Vaccine operations Central Provinces & Berar 1912-1920 - 1912-1920
Year: 1912
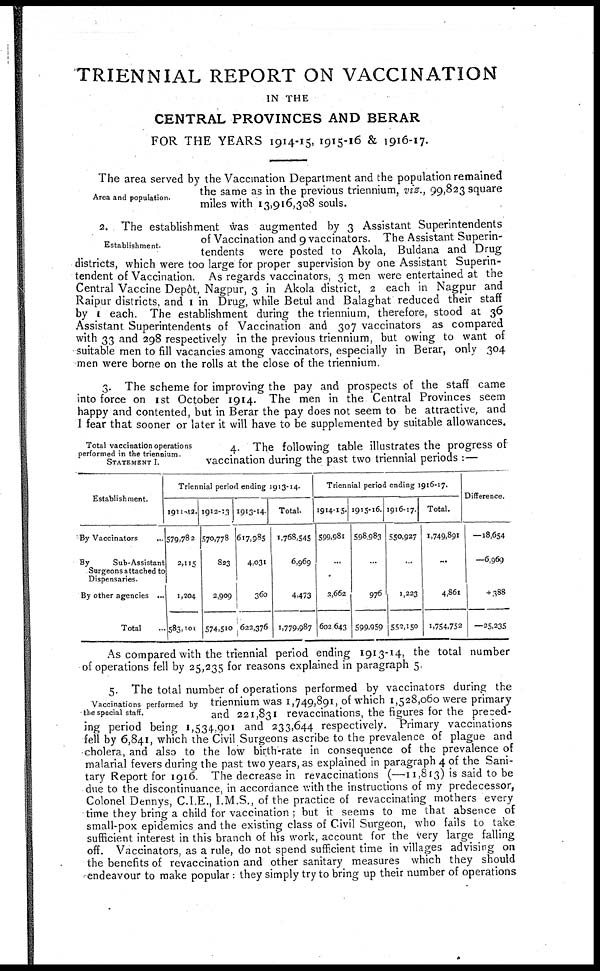
TRIENNIAL REPORT ON VACCINATION
IN THE
CENTRAL PROVINCES AND BERAR
FOR THE YEARS 1914-15, 1915-16 & 1916-17.
Area and population.
The area served by the Vaccination Department and the population remained
the same as in the previous triennium, viz., 99,823 square
miles with 13,916,308 souls.
Establishment.
2. The establishment was augmented by 3 Assistant Superintendents
of Vaccination and 9 vaccinators. The Assistant Superin-
tendents were posted to Akola, Buldana and Drug
districts, which were too large for proper supervision by one Assistant Superin-
tendent of Vaccination. As regards vaccinators, 3 men were entertained at the
Central Vaccine Depôt, Nagpur, 3 in Akola district, 2 each in Nagpur and
Raipur districts, and 1 in Drug, while Betul and Balaghat reduced their staff
by 1 each. The establishment during the triennium, therefore, stood at 36
Assistant Superintendents of Vaccination and 307 vaccinators as compared
with 33 and 298 respectively in the previous triennium, but owing to want of
suitable men to fill vacancies among vaccinators, especially in Berar, only 304
men were borne on the rolls at the close of the triennium.
3. The scheme for improving the pay and prospects of the staff came
into force on 1st October 1914. The men in the Central Provinces seem
happy and contented, but in Berar the pay does not seem to be attractive, and
I fear that sooner or later it will have to be supplemented by suitable allowances.
Total vaccination operations
performed in the triennium.
STATEMENT I.
4. The following table illustrates the progress of
vaccination during the past two triennial periods :—
Establishment.
By Vaccinators
...
By
Sub-Assistant
Surgeons attached to
Dispensaries.
By other agencies ...
Total ...
Triennial period ending 1913-14.
1911-12.
579,782
2,115
1,204
583,101
1912-13
570,778
823
2,909
574,510
1913-14
617,985
4,031
360
622,376
Total.
1,768,545
6,969
4,473
1,779,987
Triennial period ending 1916-17.
1914-15.
599,981
...
2,662
602,643
1915-16.
598,983
...
976
599,959
1916-17.
550,927
...
1,223
552,150
Total.
1,749,891
...
4,861
1,754,752
Difference.
—18,654
—6,969
+ 388
—25,235
As compared with the triennial period ending 1913-14, the total number
of operations fell by 25,235 for reasons explained in paragraph 5.
Vaccinations performed by
the special staff.
5. The total number of operations performed by vaccinators during the
triennium was 1,749,891, of which 1,528,060 were primary
and 221,831 revaccinations, the figures for the preced-
ing period being 1,534,901 and 233,644 respectively. Primary vaccinations
fell by 6,841, which the Civil Surgeons ascribe to the prevalence of plague and
cholera, and also to the low birth-rate in consequence of the prevalence of
malarial fevers during the past two years, as explained in paragraph 4 of the Sani-
tary Report for 1916. The decrease in revaccinations (—11,813) is said to be
due to the discontinuance, in accordance with the instructions of my predecessor,
Colonel Dennys, C.I E., I.M.S., of the practice of revaccinating mothers every
time they bring a child for vaccination ; but it seems to me that absence of
small-pox epidemics and the existing class of Civil Surgeon, who fails to take
sufficient interest in this branch of his work, account for the very large falling
off. Vaccinators, as a rule, do not spend sufficient time in villages advising on
the benefits of revaccination and other sanitary measures which they should
endeavour to make popular : they simply try to bring up their number of operations